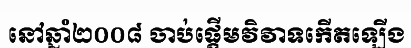
នៅឆ្នាំ២០០៨ ចាប់ផ្តើមវិវាទកើតឡើង